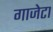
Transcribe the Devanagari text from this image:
गाजेटा